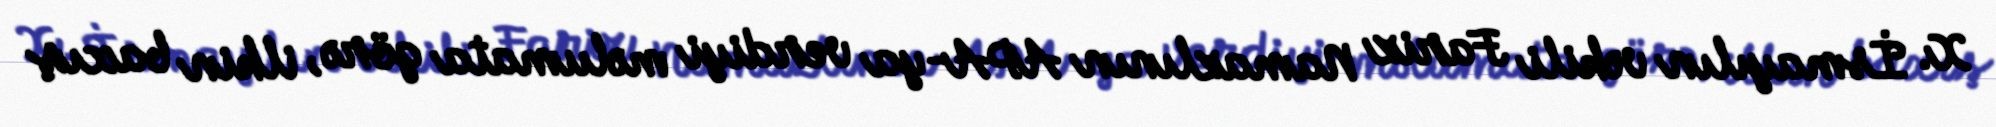
X. İsmayılın vəkili Fariz Namazlının APA-ya verdiyi məlumata görə, ilkin baxış